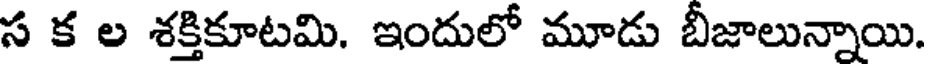
స క ల శక్తికూటమి. ఇందులో మూడు బీజాలున్నాయి.